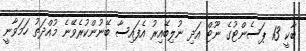
ބާކީ 13 ޕަސެންޓުގެ ނޫޓް އަދި ނުލިބޭއިރު އެފައިސާ ބޭނުންކުރެވޭނެ މުއްދަތު ހަމަވާނީ